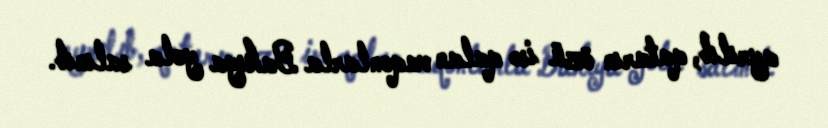
ayrılıb, qatarın özü isə qalan vaqonlarla Bakıya yola salınıb.